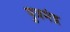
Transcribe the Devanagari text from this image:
पुत्रमंद्र